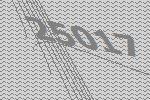
25017